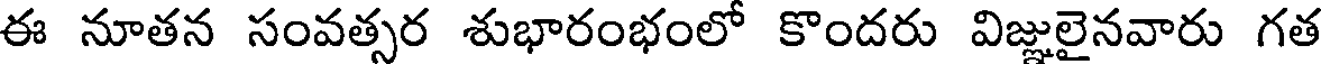
ఈ నూతన సంవత్సర శుభారంభంలో కొందరు విజ్ఞులైనవారు గత